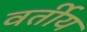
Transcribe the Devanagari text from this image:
वर्तीय